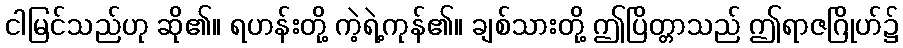
ငါမြင်သည်ဟု ဆို၏။ ရဟန်းတို့ ကဲ့ရဲ့ကုန်၏။ ချစ်သားတို့ ဤပြိတ္တာသည် ဤရာဇဂြိုဟ်၌